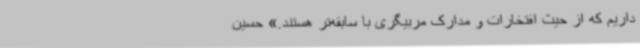
داریم که از حیث افتخارات و مدارک مربیگری با سابقه‌تر هستند.» حسین